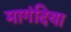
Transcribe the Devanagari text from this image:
मागंदिया